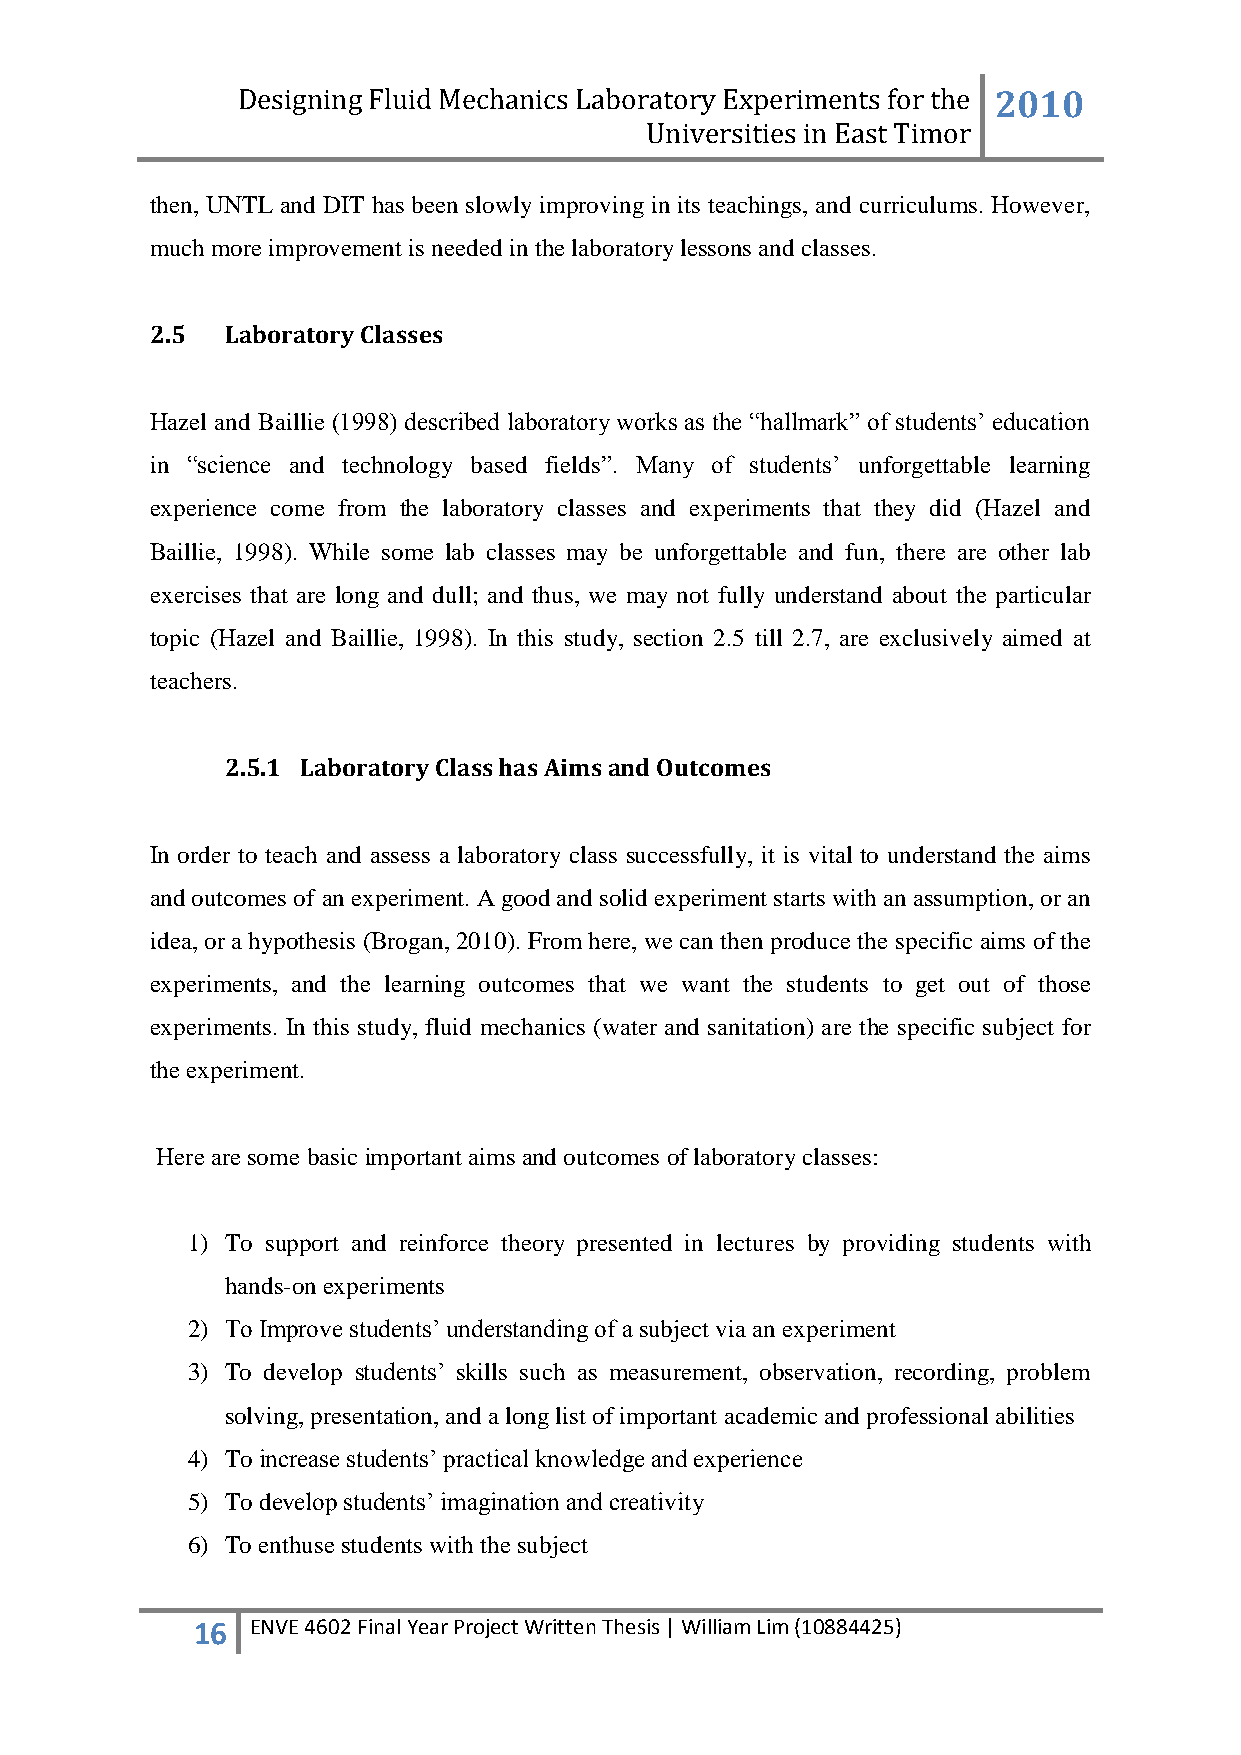
Designing Fluid Mechanics Laboratory Experiments for the 2010
 Universities in East Timor
 then, UNTL and DIT has been slowly improving in its teachings, and curriculums. However,
 much more improvement is needed in the laboratory lessons and classes.
 2.5  Laboratory Classes
 Hazel and Baillie (1998) described laboratory works as the “hallmark” of students‟ education
 in “science and technology based fields”. Many of students‟ unforgettable learning
 experience come from the laboratory classes and experiments that they did (Hazel and
 Baillie, 1998). While some lab classes may be unforgettable and fun, there are other lab
 exercises that are long and dull; and thus, we may not fully understand about the particular
 topic (Hazel and Baillie, 1998). In this study, section 2.5 till 2.7, are exclusively aimed at
 teachers.
 2.5.1 Laboratory Class has Aims and Outcomes
 In order to teach and assess a laboratory class successfully, it is vital to understand the aims
 and outcomes of an experiment. A good and solid experiment starts with an assumption, or an
 idea, or a hypothesis (Brogan, 2010). From here, we can then produce the specific aims of the
 experiments, and the learning outcomes that we want the students to get out of those
 experiments. In this study, fluid mechanics (water and sanitation) are the specific subject for
 the experiment.
 Here are some basic important aims and outcomes of laboratory classes:
 1) To support and reinforce theory presented in lectures by providing students with
 hands-on experiments
 2) To Improve students‟ understanding of a subject via an experiment
 3) To develop students‟ skills such as measurement, observation, recording, problem
 solving, presentation, and a long list of important academic and professional abilities
 4) To increase students‟ practical knowledge and experience
 5) To develop students‟ imagination and creativity
 6) To enthuse students with the subject
 16  ENVE 4602 Final Year Project Written Thesis | William Lim (10884425)